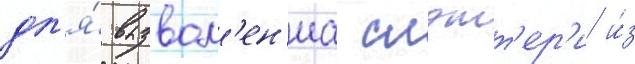
дл'я́ вызвол'ен'иа слэтт'ер'и и́з